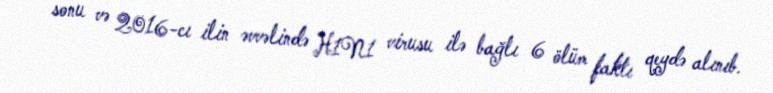
sonu və 2016-cı ilin əvvəlində H1N1 virusu ilə bağlı 6 ölüm faktı qeydə alınıb.